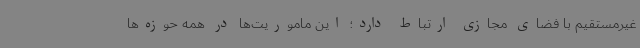
غیرمستقیم با فضای مجازی ارتباط دارد؛ این ماموریت‌ها در همه حوزه‌ها